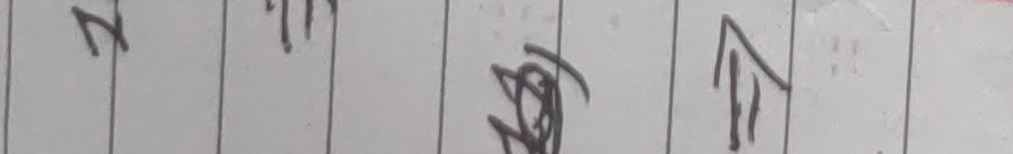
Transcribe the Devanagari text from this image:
२ य